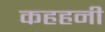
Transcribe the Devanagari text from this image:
कहहनी